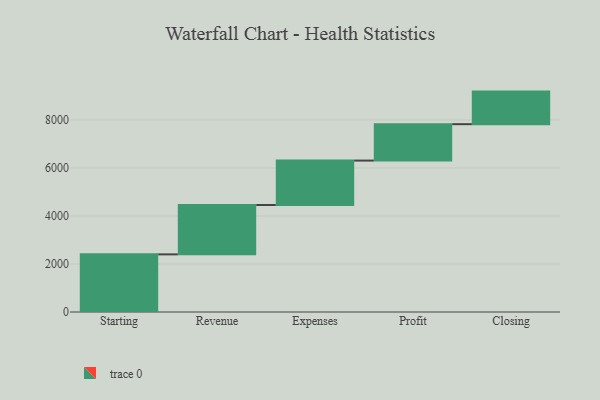
{"axis": {"x": "Step", "y": "Value"}, "legend": [""], "data": [{"x": "Starting", "y": 2401.0, "type": ""}, {"x": "Revenue", "y": 2056.0, "type": ""}, {"x": "Expenses", "y": 1851.0, "type": ""}, {"x": "Profit", "y": 1517.0, "type": ""}, {"x": "Closing", "y": 1357.0, "type": ""}]}